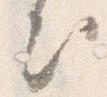
出